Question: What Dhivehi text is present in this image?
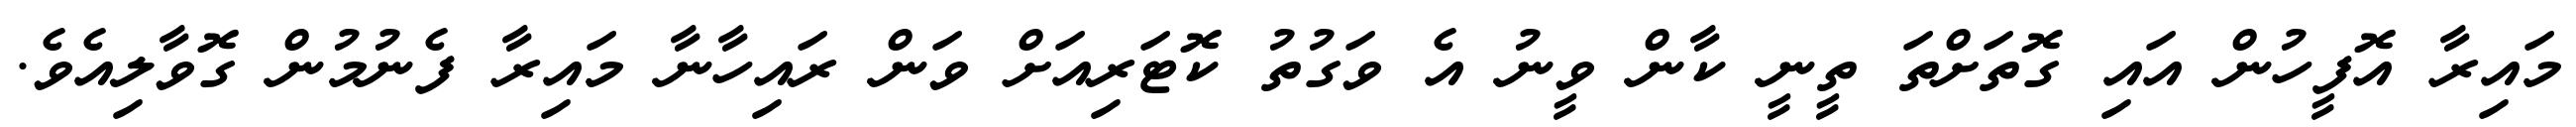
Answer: މައިރާ އޮފީހުން އައި ގޮތަށްތަ ތީނީ ކާން ވީނު އެ ވަގުތު ކޮޓަރިއަށް ވަން ރައިހާނާ މައިރާ ފެނުމުން ގޮވާލިއެވެ.